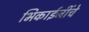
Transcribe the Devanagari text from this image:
भिकाईजींचे